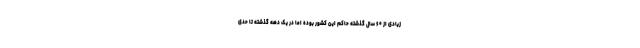
زیادی از ۶۰ سال گذشته حاکم این کشور بوده اما در یک دهه گذشته تا حدی